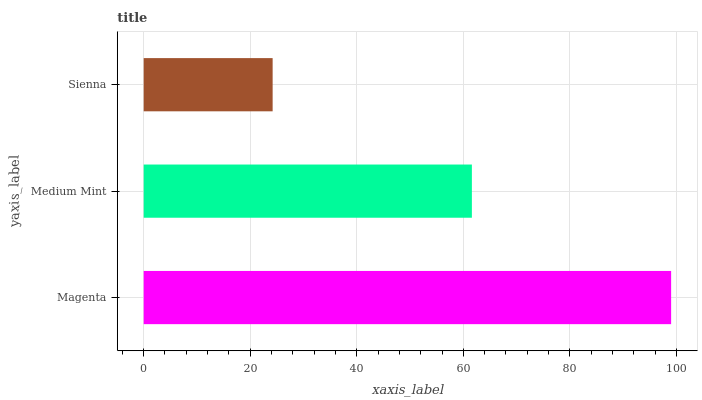
| yaxis_label | bars |
 | --- | --- |
 | Magenta | 99 |
 | Medium Mint | 61.6 |
 | Sienna | 24.2 |